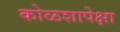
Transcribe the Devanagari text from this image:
कोळशापेक्षा